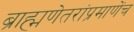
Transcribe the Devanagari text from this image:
ब्राह्मणेतरांप्रमाणेंच